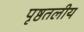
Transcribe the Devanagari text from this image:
पृष्ठतलीय